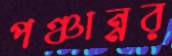
পঞ্চান্নর